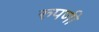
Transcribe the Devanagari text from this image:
रुपणी